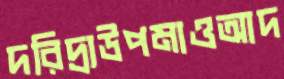
দরিদ্র্যউপমাওআদ